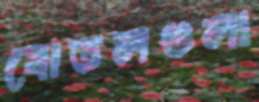
বোতলগুলা